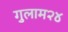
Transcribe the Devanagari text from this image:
गुलाम२४